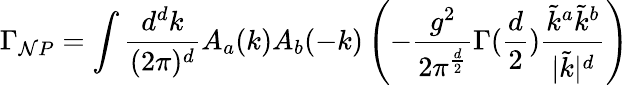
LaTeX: \Gamma_{\mathcal{N}P}=\int{\frac{{d^{d}k}}{{(2\pi)^{d}}}}A_{a}(k)A_{b}(-k)\left(-{\frac{{g^{2}}}{{2\pi^{\frac{{d}}{{2}}}}}}\Gamma({\frac{{d}}{{2}}}){\frac{{\tilde{{k}}^{a}\tilde{{k}}^{b}}}{{|\tilde{{k}}|^{d}}}}\right)